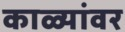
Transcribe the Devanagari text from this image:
काळ्यांवर